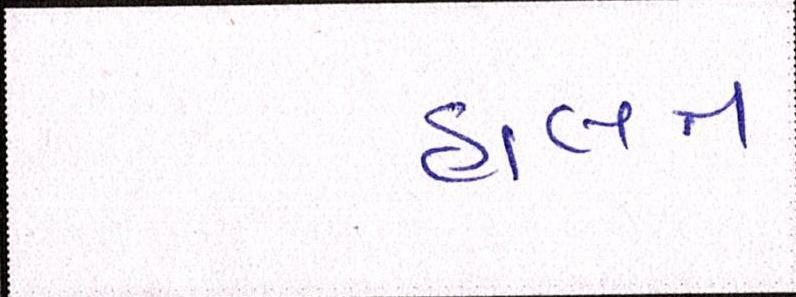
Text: હાલત